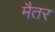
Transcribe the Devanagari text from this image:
मैतर